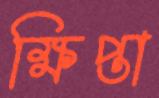
ক্ষিপ্তা